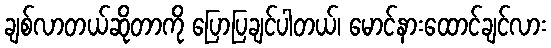
ချစ်လာတယ်ဆိုတာကို ပြောပြချင်ပါတယ်၊ မောင်နားထောင်ချင်လား